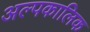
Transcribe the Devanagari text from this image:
अल्‍पकालिक